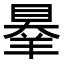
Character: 𦎝